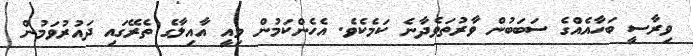
ވިރާސީ ބަހާއެއްގެ ސަބަބުން ވާރުތަވެދާނެ ކަމެކެވެ. އެހެންކަމުން މިއީ އާއިލާގެ ތެރޭގައި ދައުރުވަމުން